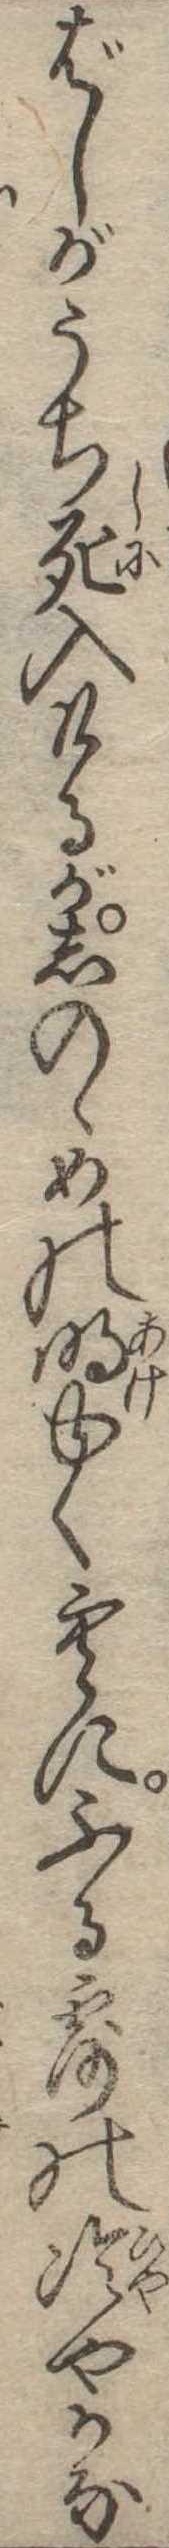
ばしがうち死入けるがしのゝめの明ゆく空にふる露の冷やかな